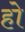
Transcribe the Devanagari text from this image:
हो